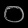
Digit: ၀